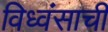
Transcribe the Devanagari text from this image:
विध्वंसाची